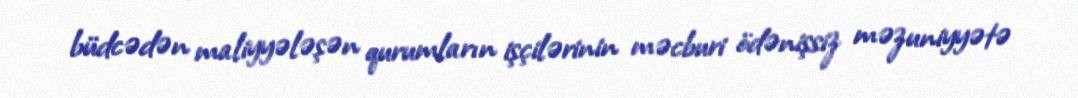
büdcədən maliyyələşən qurumların işçilərinin məcburi ödənişsiz məzuniyyətə